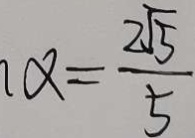
\alpha = \frac { 2 \sqrt { 5 } } { 5 }